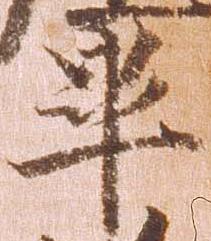
畢